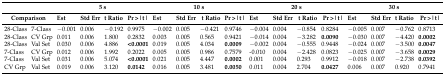
|  |  | <COLSPAN=4> 5 s | <COLSPAN=4> 10 s | <COLSPAN=4> 20 s | <COLSPAN=4> 30 s |
 | <COLSPAN=2> Comparison | Est | Sth Err | t Ratio | Pr >|t| | Est | Sth Err | t Ratio | Pr >|t| | Est | Sth Err | t Ratio | Pr >|t| | Est | Sth Err | t Ratio | Pr >|t| |
 | --- | --- | --- | --- | --- | --- | --- | --- | --- | --- | --- | --- | --- | --- | --- | --- | --- | --- |
 | 28-Class | 7-Class | −0.001 | 0.006 | −0.192 | 0.9975 | −0.002 | 0.005 | −0.421 | 0.9746 | −0.004 | 0.004 | −0.854 | 0.8284 | −0.005 | 0.007 | −0.762 | 0.8713 |
 | 28-Class | CV Grp | 0.011 | 0.006 | 1.800 | 0.2832 | 0.003 | 0.005 | 0.565 | 0.9421 | −0.014 | 0.004 | −3.282 | 0.0090 | −0.030 | 0.007 | −4.420 | 0.0002 |
 | 28-Class | Val Set | 0.030 | 0.006 | 4.886 | <0.0001 | 0.019 | 0.005 | 4.034 | 0.0009 | −0.002 | 0.004 | −0.555 | 0.9448 | −0.024 | 0.007 | −3.500 | 0.0047 |
 | 7-Class | CV Grp | 0.012 | 0.006 | 1.992 | 0.2022 | 0.005 | 0.005 | 0.986 | 0.7579 | -0.010 | 0.004 | −2.428 | 0.0823 | −0.025 | 0.007 | −3.658 | 0.0029 |
 | 7-Class | Val Set | 0.031 | 0.006 | 5.074 | <0.0001 | 0.021 | 0.005 | 4.447 | 0.0002 | 0.001 | 0.004 | 0.293 | 0.9912 | −0.018 | 0.007 | −2.738 | 0.0392 |
 | CV Grp | Val Set | 0.019 | 0.006 | 3.120 | 0.0142 | 0.016 | 0.005 | 3.481 | 0.0050 | 0.011 | 0.004 | 2.704 | 0.0427 | 0.006 | 0.007 | 0.920 | 0.7941 |